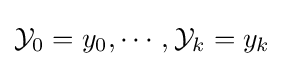
{\mathcal {Y}}_{0}=y_{0},\cdots ,{\mathcal {Y}}_{k}=y_{k}